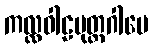
ကလ္လဝါဠပုတ္တဂါမေ